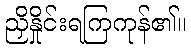
ညှိနှိုင်းရကြကုန်၏။